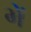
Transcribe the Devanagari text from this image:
भें